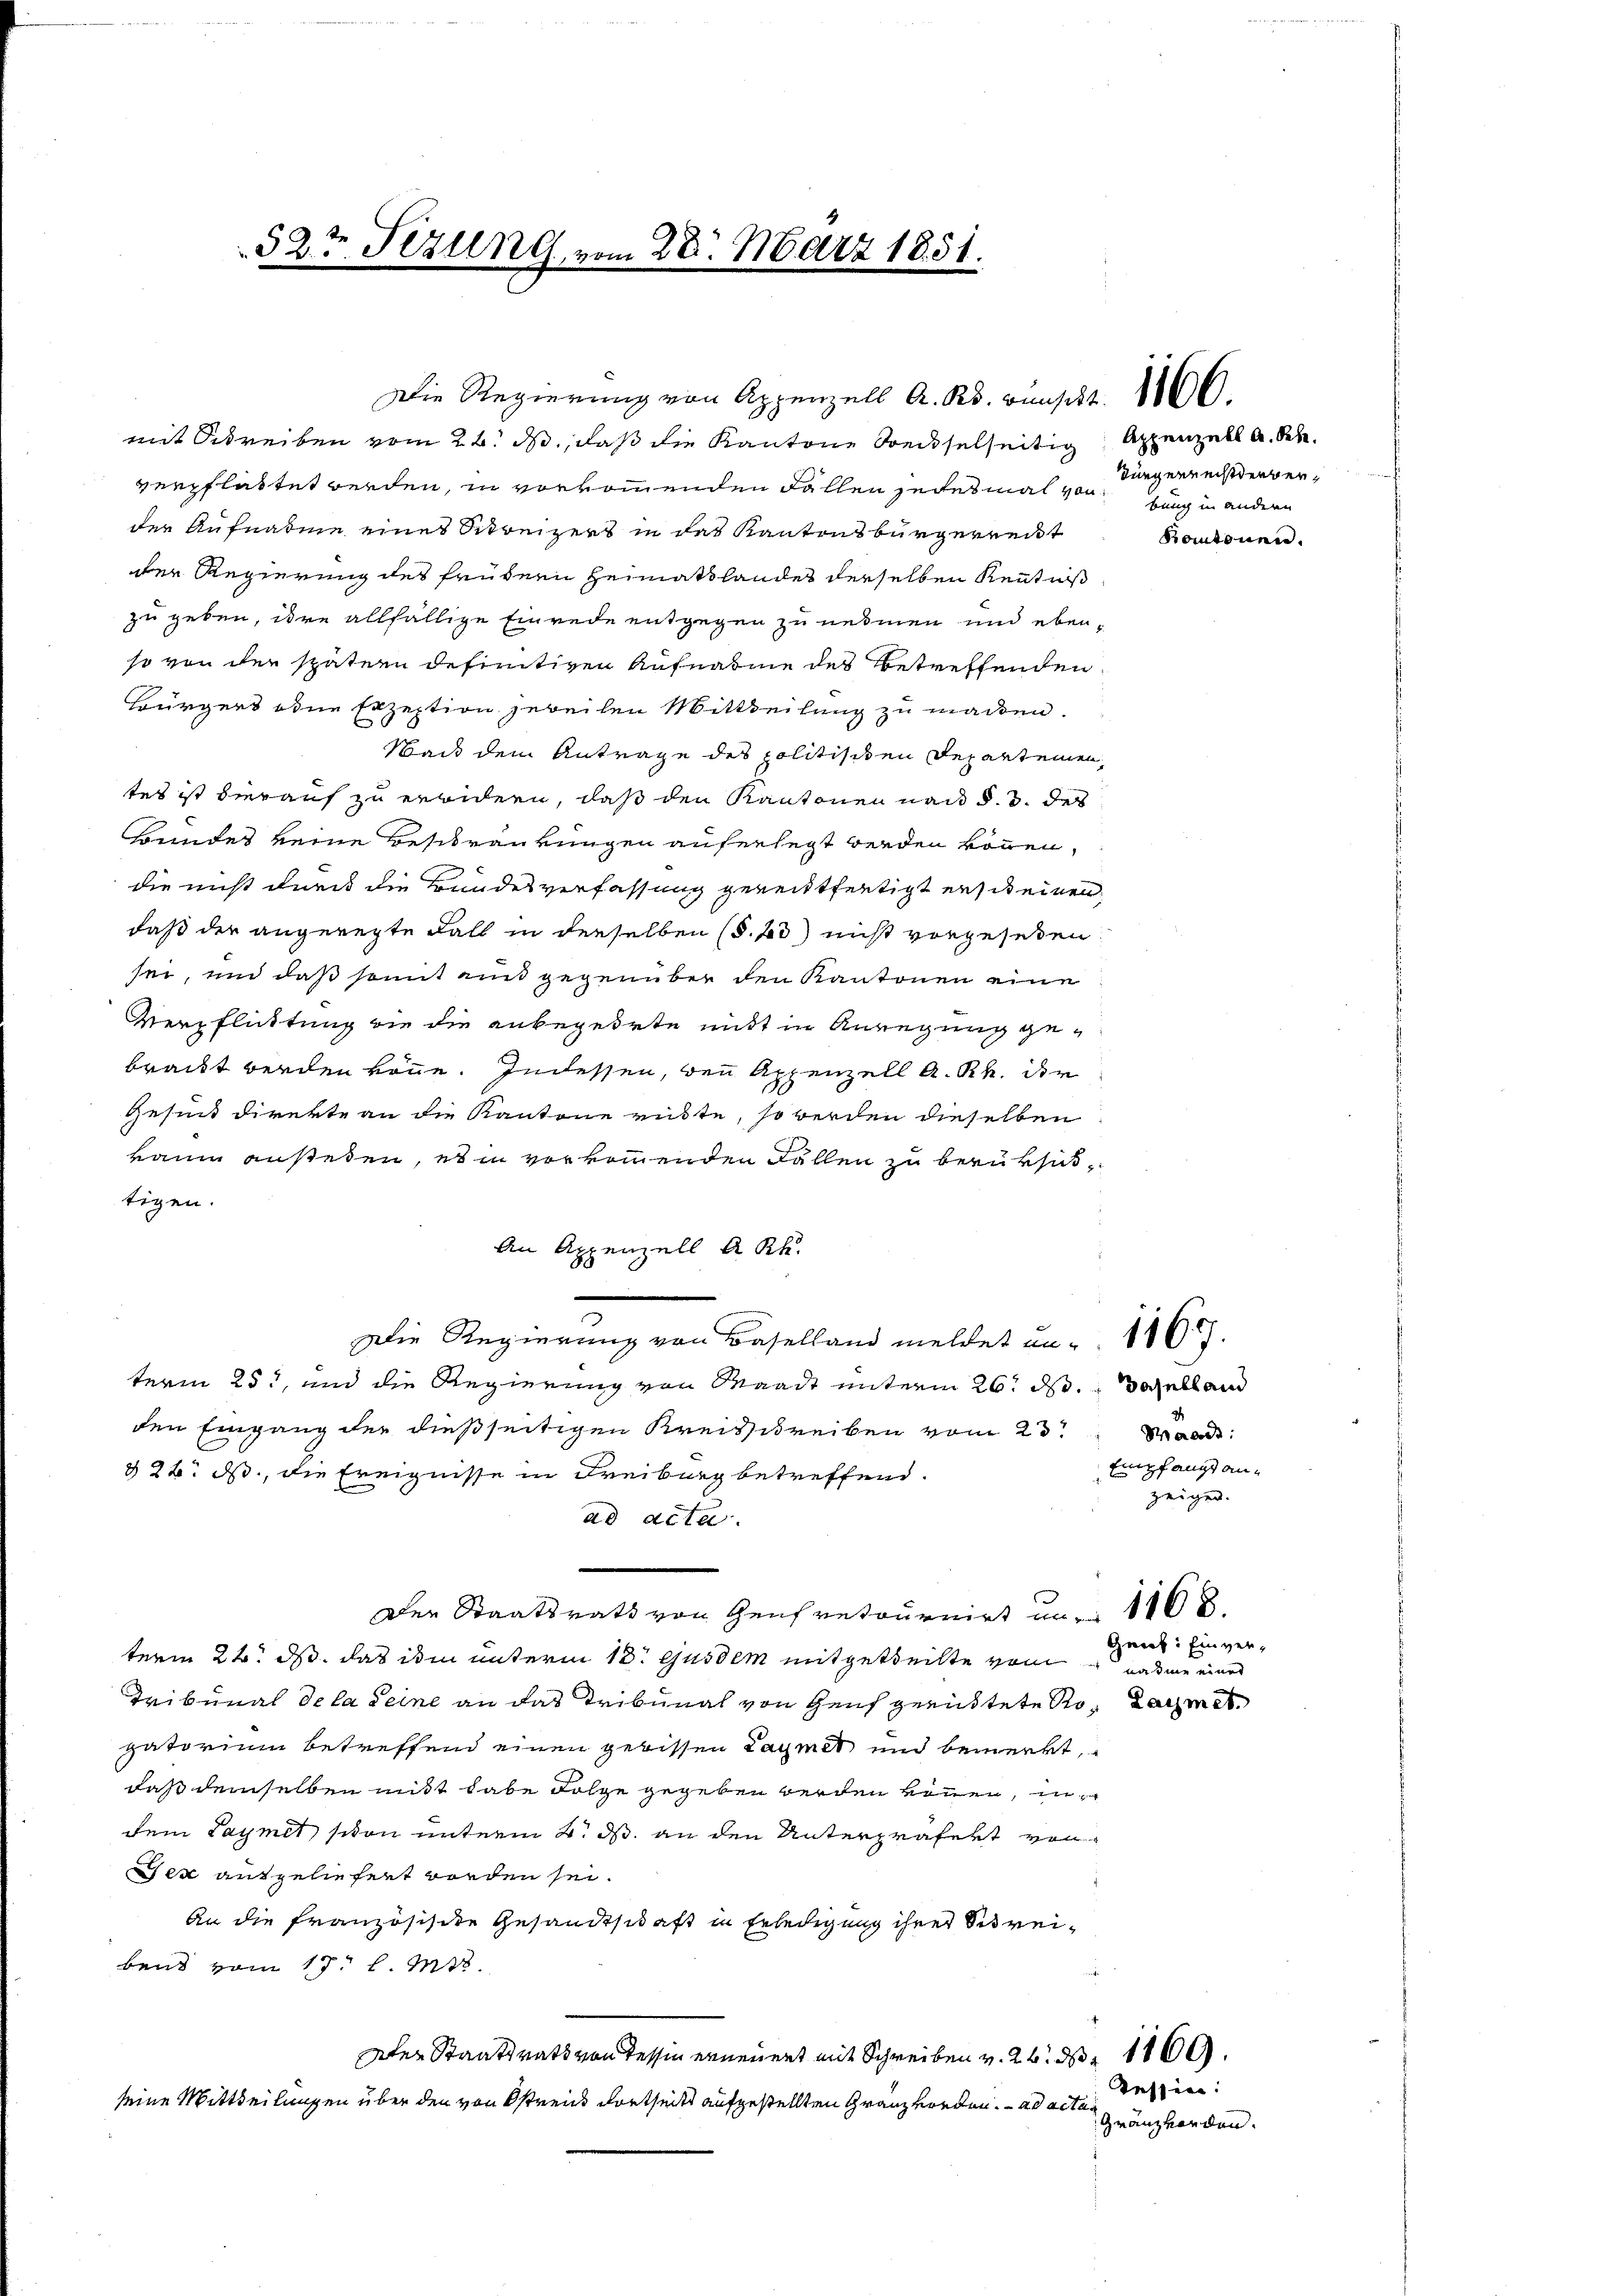
52t Fezung vom 28. März 1851.

mit Schreiben vom 24. ds., daß die Kantone Steckselseitig Appenzell A. Sch
verpflastet werden, in vorkommenden Fallen jedesmal von Lang in anderen
der Aufnahme eines Schreizers in das Kantonsbürgerreist
der Regierung des frühern Heimatshandes derselben Kenntniß
zu geben, ihre allfällige Einrede entgegen zu nehmen und ebenso von der spätern definitiven Aufnahme des betreffenden
Bürgers oder Erzeption jeweihen Mittheilung zu machen.
Wand dem Antrage des politisiten Departemen,
tes ist hieraus zu erwidern, daß den Kantonen nach d. 3. des
Bundes keine Beschränkungen auferlegt werden können,
die nicht durch die Bundesverfassung gereittfertigt erscheinen,
daß der angeregte Fall in derselben (§. 20) nicht vorgesehen.
sei, und daß somit ain gegenüber den Kantonen eine
Verpflichtung wie die anbegehrte mitt in Anregung gebracht werden könne. Indessen, den Appenzell A. Rh. der
Gesind direkte an die Kantone rüste, so werden dieselben
raum ansehen, es in vorkommenden Fällen zu berüksittigen.
An A
zenzell A.Rh.
Die Regierung von Baselland meldet an. 116.
term 25t, und die Regierung von Waadt unterm 26. ds. daselland
den Eingang der dießseitigen Kreisschreiben vom 23t Mart
§ 26. ds., die Ereignisse in Freiburg betreffend.
ad acta
Der Staatsrath von Genfretournirt um 1102.
term 24. ds. das ihm unterm 18. ejusdem mitgetheilte vom nahme einer
Tribunal de la seine an das Tribunal von Genf gerüstete Sto¬ Lachmit
gatorium betreffend einen gebissen Lagmet und bemerkt,
daß demselben mit habe Folge gegeben werden können, in
dem Laymet schon unterm 2. ds. an den Unterpräfekt von
ex ausgeliefert worden sei.
An die französische Gesandtschaft in Erledigung ihrer Streibent vom 17. d. Mts.
ter Staatsrath von Tessin erneuert mit Schreiben v. 26. d. 1869.
seine Mittheilungen über den von streis dortseits aufgestellten Granz vorden. ad acta¬

Die Regierung von Appenzell A. R. Bunscht. 166.

Bürgerrechtserber,
kontonen.

Empfangs anzeigen.
Guert: Einver¬

Tessin:
Gränzvorden.